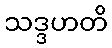
သဒ္ဒဟတိ